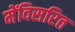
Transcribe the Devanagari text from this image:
मेंविसरित